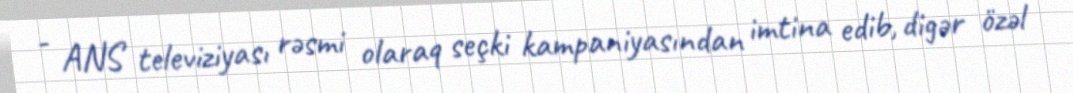
- ANS televiziyası rəsmi olaraq seçki kampaniyasından imtina edib, digər özəl